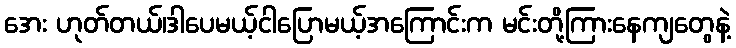
အေး ဟုတ်တယ်၊ဒါပေမယ့်ငါပြောမယ့်အကြောင်းက မင်းတို့ကြားနေကျတွေနဲ့